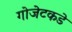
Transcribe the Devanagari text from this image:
गोजेटकडे